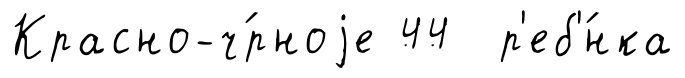
Красно-ч́рноjе 44 р'еб'́нка